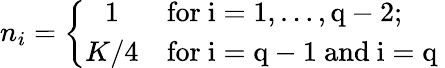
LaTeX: n_{i}=\left\{ \begin{array}{cl}{{1}}&{{\mathrm{for~i=1,\dots,q-2;~}}}\\ {{K/4}}&{{\mathrm{for~i=q-1~and~i=q~}}}\end{array}\right.